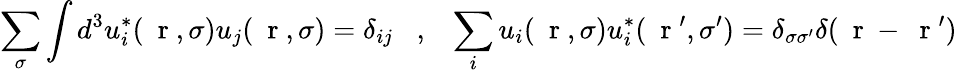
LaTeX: \sum_{\sigma}\int d^{3}u_{i}^{*}(\mathrm{~\mathbf~r~},\sigma)u_{j}(\mathrm{~\mathbf~r~},\sigma)=\delta_{ij}\; \; \; ,\; \; \; \sum_{i}u_{i}(\mathrm{~\mathbf~r~},\sigma)u_{i}^{*}(\mathrm{~\mathbf~r~}^{\prime},\sigma^{\prime})=\delta_{\sigma\sigma^{\prime}}\delta(\mathrm{~\mathbf~r~}-\mathrm{~\mathbf~r~}^{\prime})